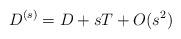
LaTeX: \begin{align*}D^{(s)}=D+sT+O(s^2)\end{align*}